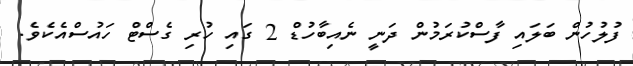
ފުލުހުން ބަލައި ފާސްކުރަމުން ދަނީ ނެއިބާހުޑް 2 ގައި ހުރި ގެސްޓް ހައުސްއެކެވެ.